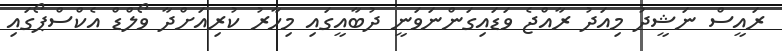
ރައީސް ނަޝީދު މިއަދު ރާއްޖެ ވަޑައިގަންނަވަނީ ދުބާއީގައި މިހާރު ކުރިއަށްދާ ވޯލްޑް އެކްސްޕޯގައި